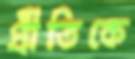
প্রীতিকে